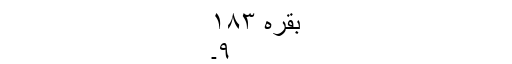
بقرہ ١٨٣
٩۔